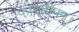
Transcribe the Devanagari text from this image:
फारसीपन।